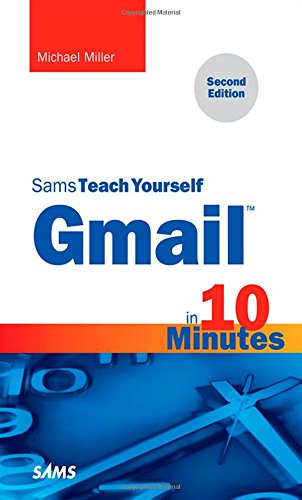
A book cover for Gmail in 10 Minutes, Sams Teach Yourself (2nd Edition) (Sams Teach Yourself -- Minutes); Michael Miller; Computers & Technology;